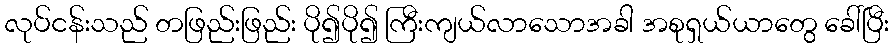
လုပ်ငန်းသည် တဖြည်းဖြည်း ပို၍ပို၍ ကြီးကျယ်လာသောအခါ အစုရှယ်ယာတွေ ခေါ်ပြီး